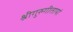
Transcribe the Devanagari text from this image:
श्रीगुरुगीतायां